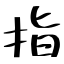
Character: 指